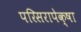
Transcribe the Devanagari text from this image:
परिसरापेक्षा